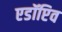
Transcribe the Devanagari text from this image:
एडॉप्टिव